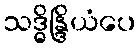
သဒ္ဓိန္ဒြိယံပေ